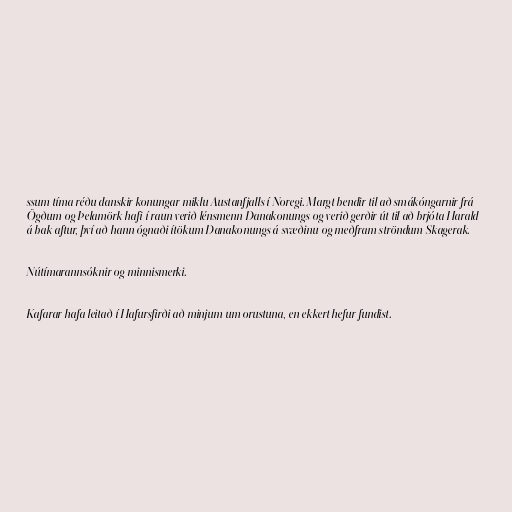
ssum tíma réðu danskir konungar miklu Austanfjalls í Noregi. Margt bendir til að smákóngarnir frá
Ögðum og Þelamörk hafi í raun verið lénsmenn Danakonungs og verið gerðir út til að brjóta Harald
á bak aftur, því að hann ógnaði ítökum Danakonungs á svæðinu og meðfram ströndum Skagerak.

Nútímarannsóknir og minnismerki.

Kafarar hafa leitað í Hafursfirði að minjum um orustuna, en ekkert hefur fundist.